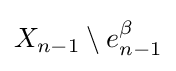
X_{n-1}\setminus e_{n-1}^{\beta }